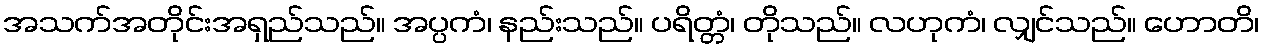
အသက်အတိုင်းအရှည်သည်။ အပ္ပကံ၊ နည်းသည်။ ပရိတ္တံ၊ တိုသည်။ လဟုကံ၊ လျှင်သည်။ ဟောတိ၊